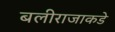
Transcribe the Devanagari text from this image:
बलीराजाकडे